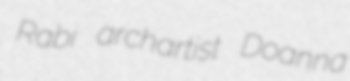
Rabi archartist Doanna